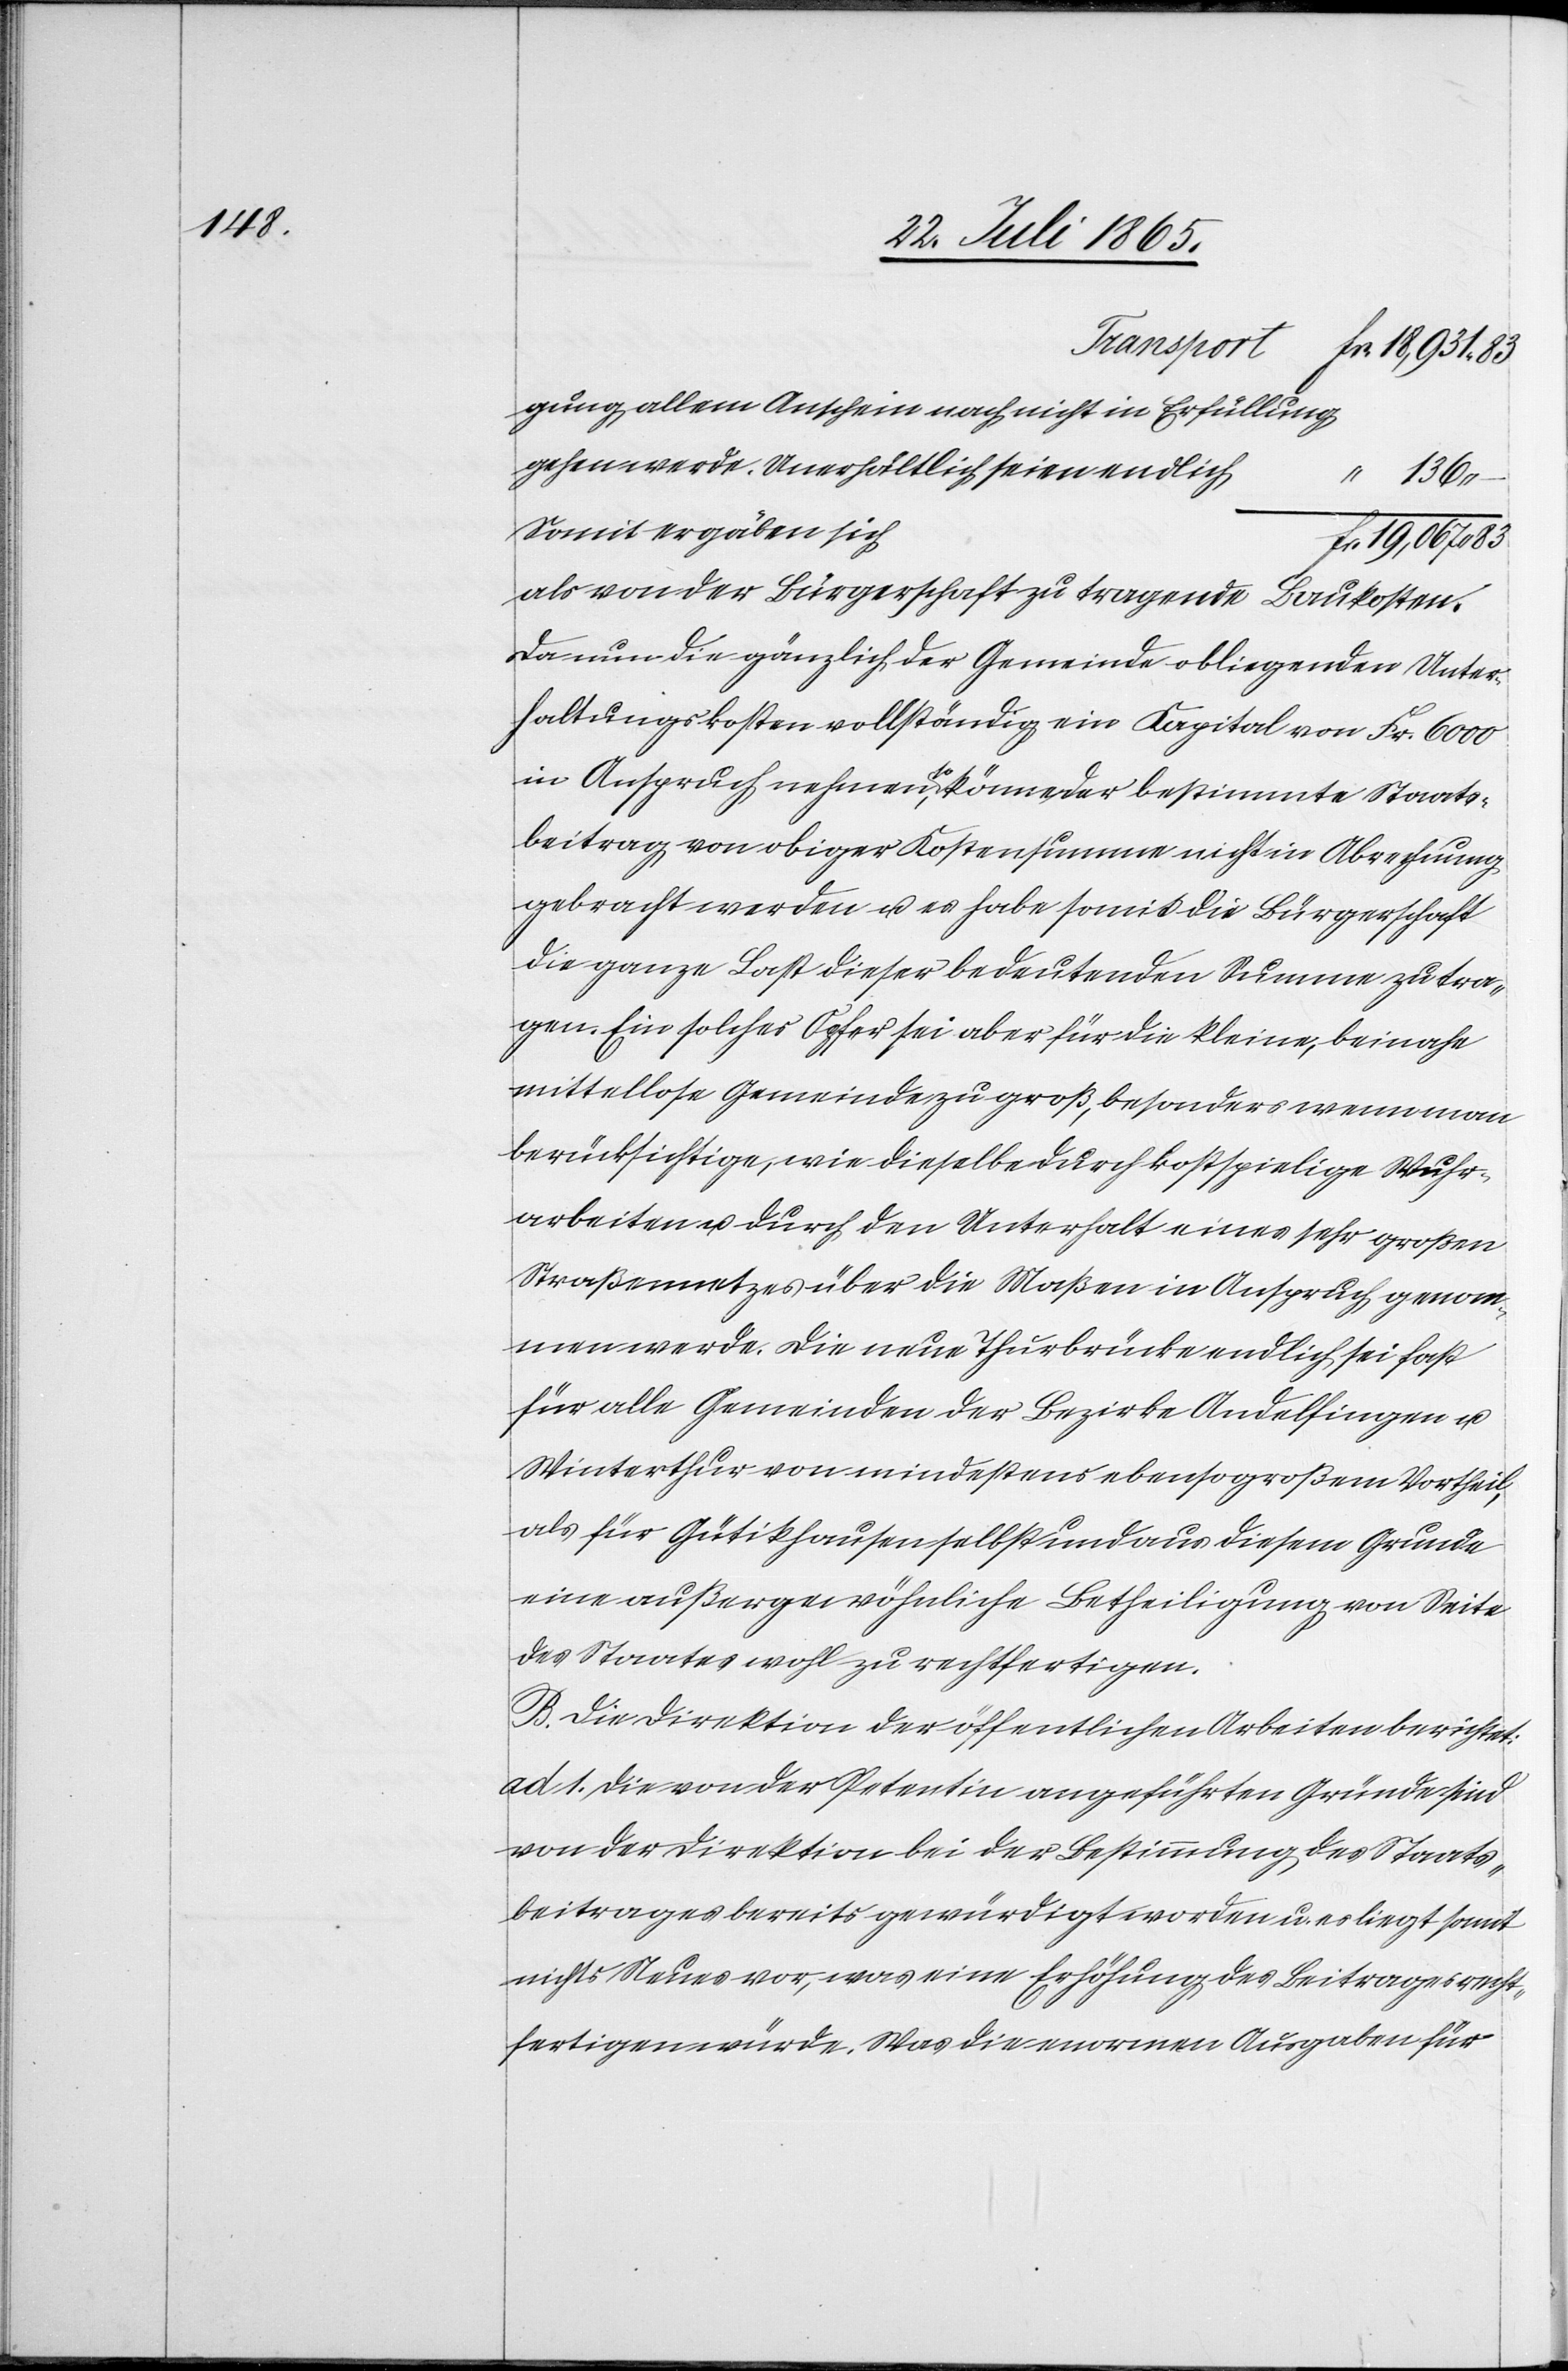
19,0670.

gung allem Anschein nach nicht in Erfüllung
gehen werde. Unerhältlich seien endlich
Somit ergäben sich
als von der Bürgerschaft zu tragende Baukosten.
Da nun die gänzlich der Gemeinde obliegenden Unter¬
haltungskosten vollständig ein Kapital von Fr. 6000
in Anspruch nehmen, so könne der bestimmte Staats¬
beitrag von obiger Kostensumme nicht in Abrechnung
gebracht werden u. es habe somit die Bürgerschaft
die ganze Last dieser bedeutenden Summe zu tra¬
gen. Ein solches Opfer sei aber für die kleine, beinahe
mittellose Gemeinde zu groß, besonders wenn man
berücksichtige, wie dieselbe durch kostspielige Wuhr¬
arbeiten u. durch den Unterhalt eines sehr großen
Straßennetzes über die Maßen in Anspruch genom¬
men werde. Die neue Thurbrücke endlich sei fast
für alle Gemeinden der Bezirke Andelfingen u.
Winterthur von mindestens ebenso großem Vortheil,
als für Gütikhausen selbst und aus diesem Grunde
eine außergewöhnliche Betheiligung von Seite
des Staates wohl zu rechtfertigen.
B. Die Direktion der öffentlichen Arbeiten berichtet:
ad 1. Die von der Petentin angeführten Gründe sind
von der Direktion bei der Bestimmung des Staats¬
beitrages bereits gewürdigt worden u. es liegt somit
nichts Neues vor, was eine Erhöhung des Beitrages recht¬
fertigen würde. Was die enormen Ausgaben für